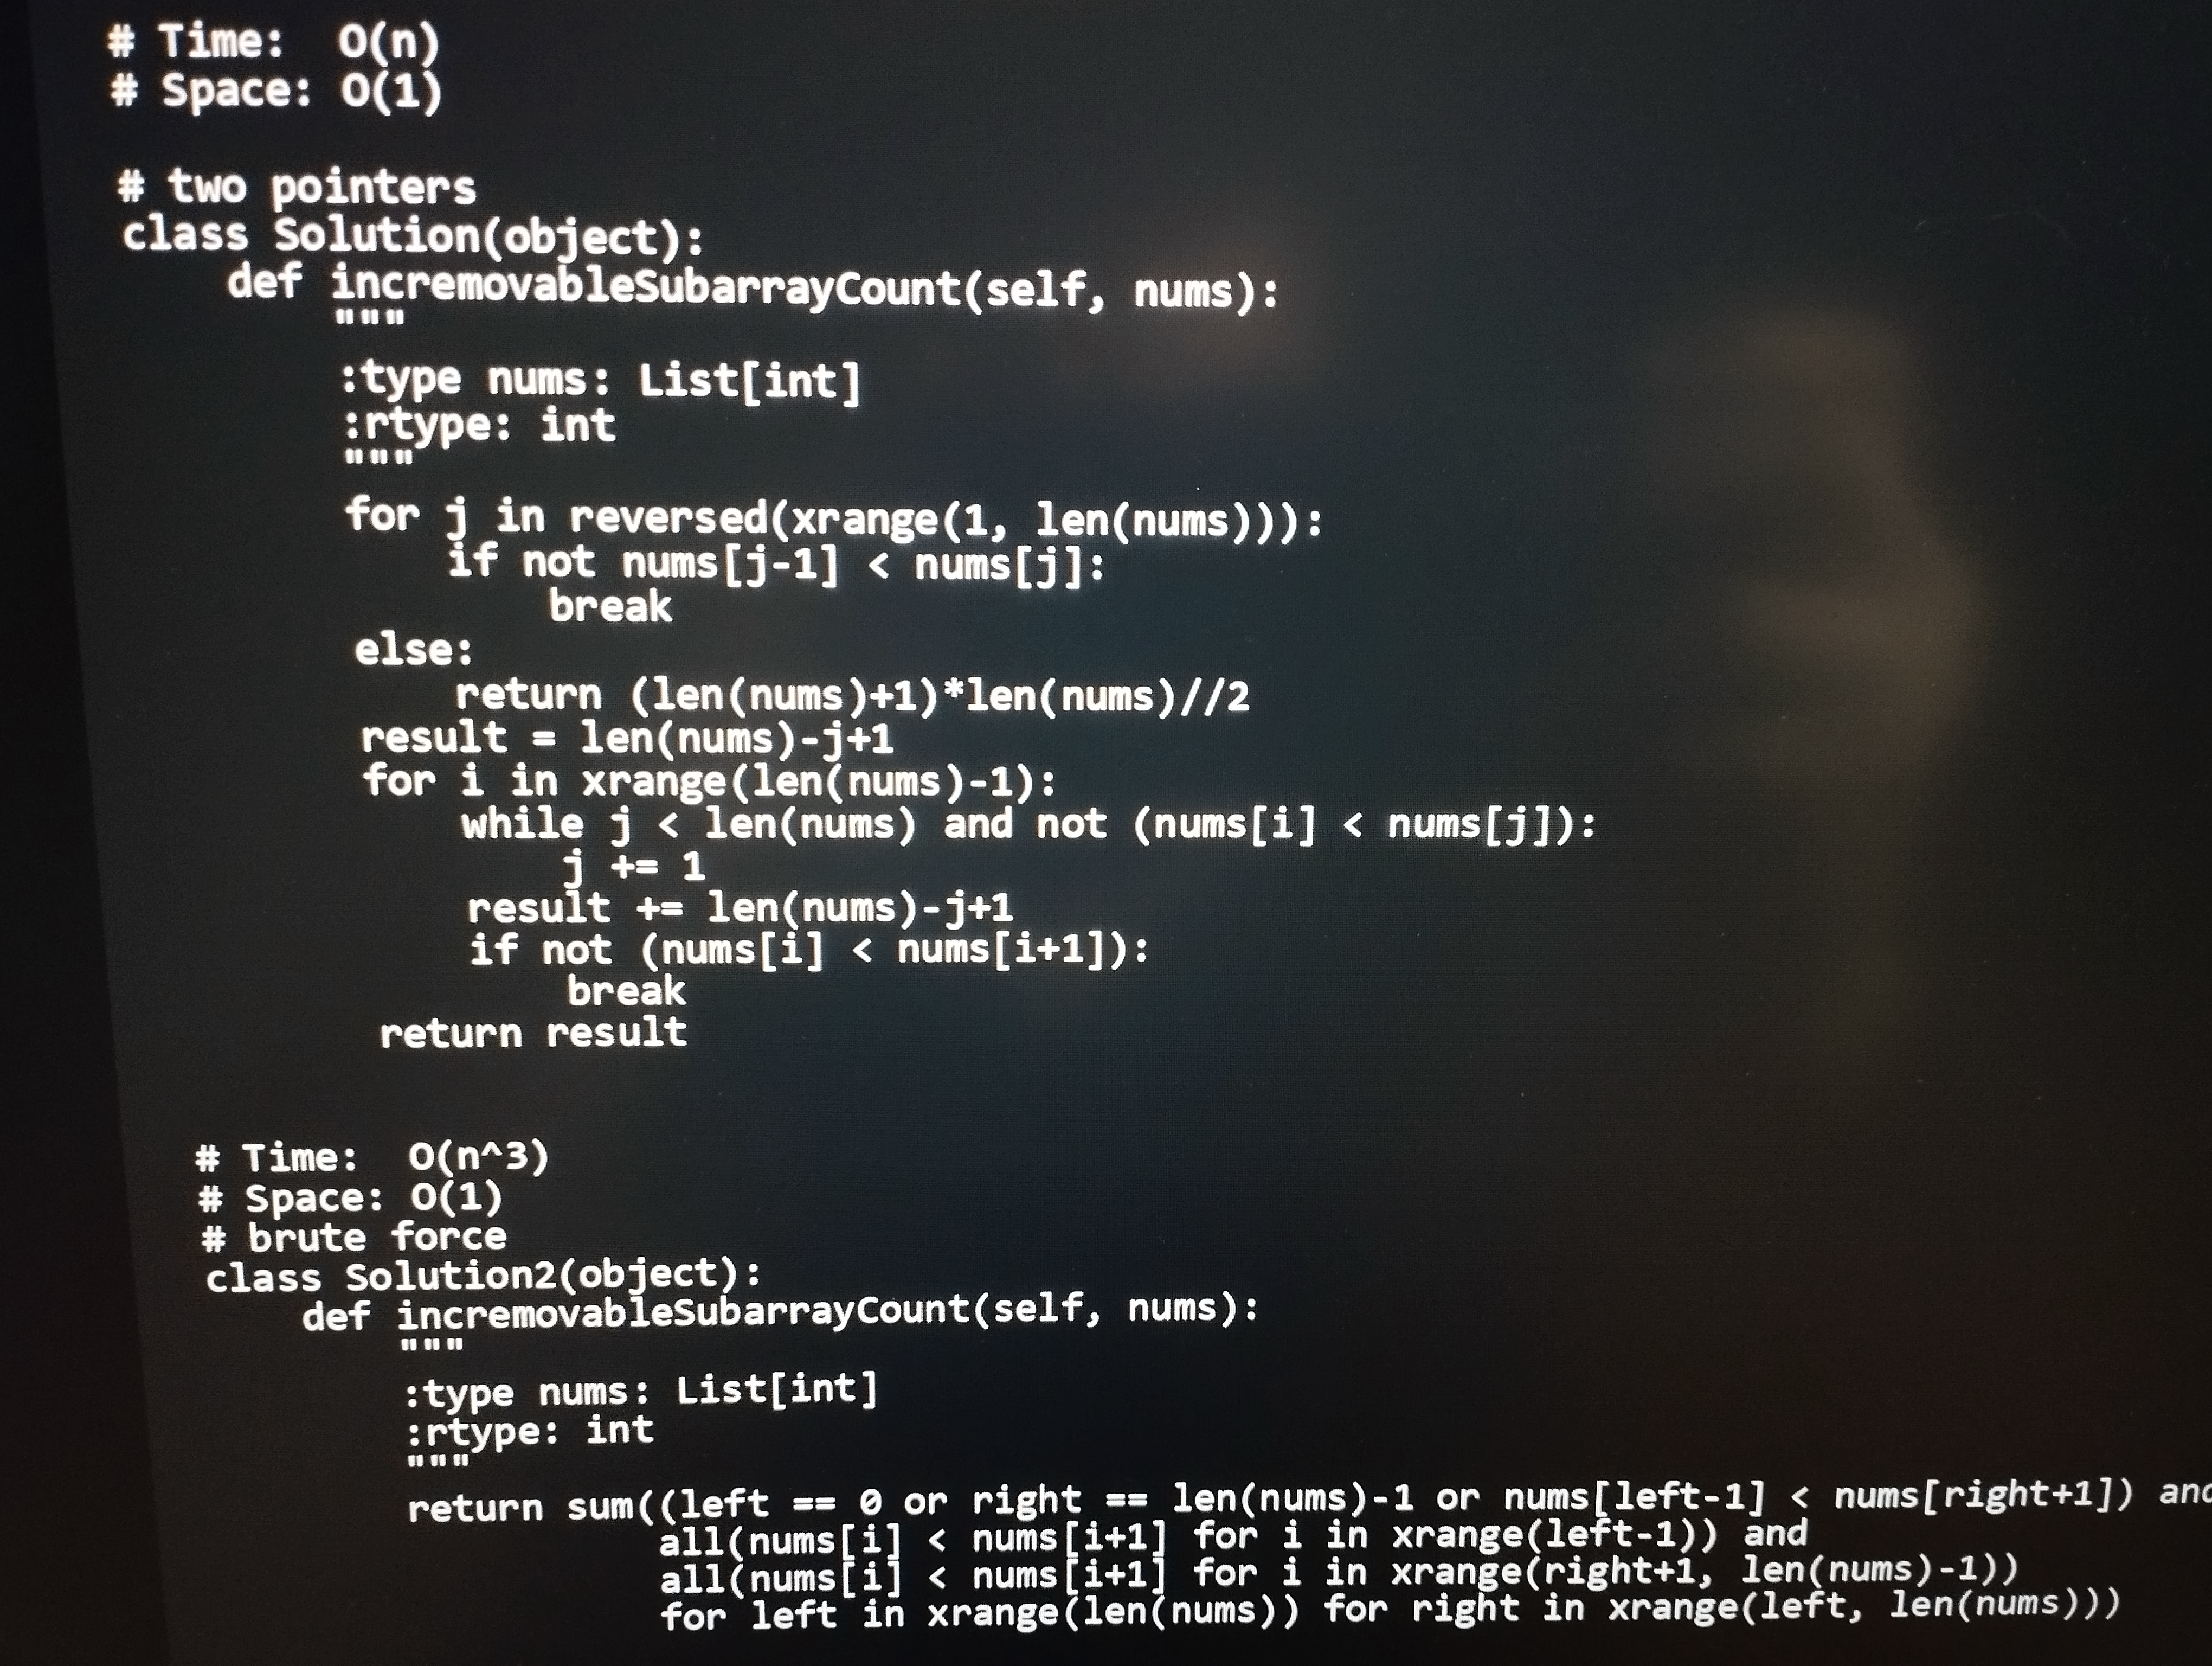
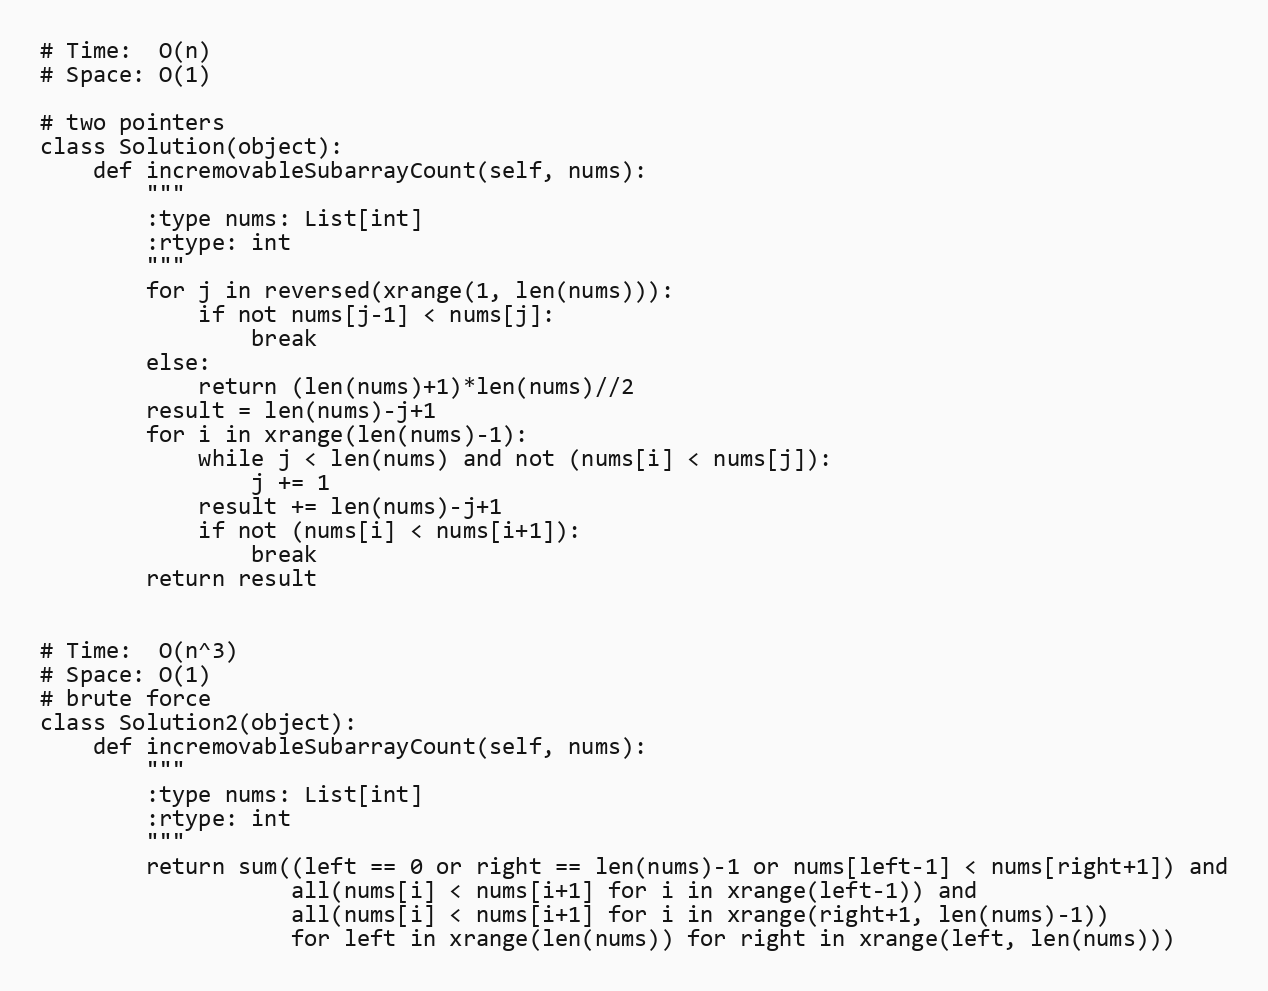
# Time:  O(n)
# Space: O(1)

# two pointers
class Solution(object):
    def incremovableSubarrayCount(self, nums):
        """
        :type nums: List[int]
        :rtype: int
        """
        for j in reversed(xrange(1, len(nums))):
            if not nums[j-1] < nums[j]:
                break
        else:
            return (len(nums)+1)*len(nums)//2
        result = len(nums)-j+1
        for i in xrange(len(nums)-1):
            while j < len(nums) and not (nums[i] < nums[j]):
                j += 1
            result += len(nums)-j+1
            if not (nums[i] < nums[i+1]):
                break
        return result

# Time:  O(n^3)
# Space: O(1)
# brute force
class Solution2(object):
    def incremovableSubarrayCount(self, nums):
        """
        :type nums: List[int]
        :rtype: int
        """
        return sum((left == 0 or right == len(nums)-1 or nums[left-1] < nums[right+1]) and
                   all(nums[i] < nums[i+1] for i in xrange(left-1)) and
                   all(nums[i] < nums[i+1] for i in xrange(right+1, len(nums)-1))
                   for left in xrange(len(nums)) for right in xrange(left, len(nums)))